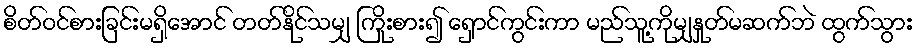
စိတ်ဝင်စားခြင်းမရှိအောင် တတ်နိုင်သမျှ ကြိုးစား၍ ရှောင်ကွင်းကာ မည်သူ့ကိုမျှနှုတ်မဆက်ဘဲ ထွက်သွား